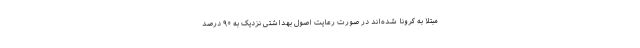
مبتلا به کرونا شده‌اند در صورت رعایت اصول بهداشتی نزدیک به ۹۰ درصد